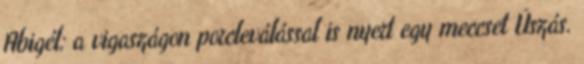
Abigél: a vigaszágon porcleválással is nyert egy meccset Úszás.